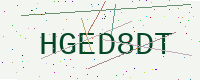
Text: HGED8DT